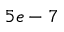
5 e - 7